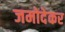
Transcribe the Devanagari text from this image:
जमोदेकर